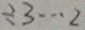
\div 3 \cdots 2